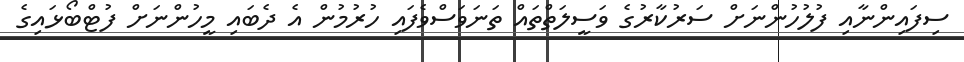
ސިފައިންނާއި ފުލުހުންނަށް ސަރުކާރުގެ ވަސީލަތްތައް ތަނަވަސްވެފައި ހުރުމުން އެ ދެބައި މީހުންނަށް ފުޓްބޯޅައިގެ